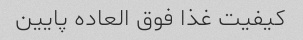
کیفیت غذا فوق العاده پایین